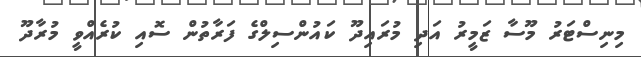
މިނިސްޓަރު މޫސާ ޒަމީރު އަދި މުރައިދޫ ކައުންސިލްގެ ފަރާތުން ސޮއި ކުރެއްވީ މުރާދޫ